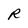
Character: R